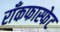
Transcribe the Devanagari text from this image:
राँकफास्फेट